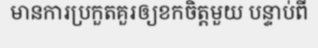
មានការប្រកួតគួរឲ្យខកចិត្តមួយ បន្ទាប់ពី